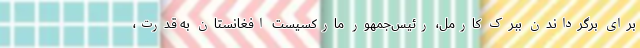
برای برگرداندن ببرک کارمل، رئیس‌جمهور مارکسیست افغانستان به قدرت،